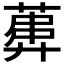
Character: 𱾍